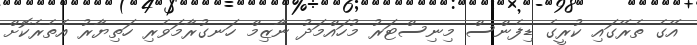
އޭގެ ތެރޭގައި ކުރީގެ ޑިފެންސް މިނިސްޓަރު މުހައްމަދު ނާޒިމް ހަނގުރާމަވެރި ހަތިޔާރު އެތެރެކޮށް